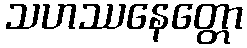
သဟဿနေတ္တော